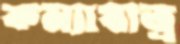
কন্যাযাত্র